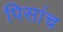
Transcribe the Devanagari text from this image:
पिसांच